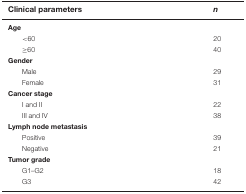
<table><thead><tr><td><b>Clinical parameters</b></td><td><b><i>n</i></b></td></tr></thead><tbody><tr><td><b>Age</b></td><td></td></tr><tr><td>&lt;60</td><td>20</td></tr><tr><td>≥60</td><td>40</td></tr><tr><td><b>Gender</b></td><td></td></tr><tr><td>Male</td><td>29</td></tr><tr><td>Female</td><td>31</td></tr><tr><td><b>Cancer stage</b></td><td></td></tr><tr><td>I and II</td><td>22</td></tr><tr><td>III and IV</td><td>38</td></tr><tr><td><b>Lymph node metastasis</b></td><td></td></tr><tr><td>Positive</td><td>39</td></tr><tr><td>Negative</td><td>21</td></tr><tr><td><b>Tumor grade</b></td><td></td></tr><tr><td>G1–G2</td><td>18</td></tr><tr><td>G3</td><td>42</td></tr></tbody></table>